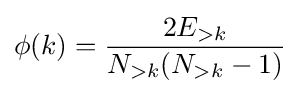
\phi (k)={\frac {2E_{>k}}{N_{>k}(N_{>k}-1)}}